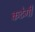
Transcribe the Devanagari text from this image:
कटेगी